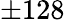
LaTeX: \pm 128